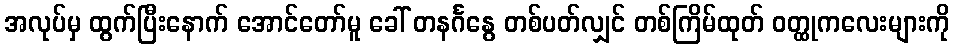
အလုပ်မှ ထွက်ပြီးနောက် အောင်တော်မူ ခေါ် တနင်္ဂနွေ တစ်ပတ်လျှင် တစ်ကြိမ်ထုတ် ဝတ္ထုကလေးများကို